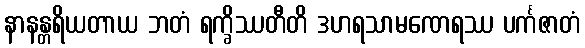
နာနန္တရိယတာယ ဘတံ ရက္ခိဿတီတိ ဒဟရသာမဏေရဿ ပင်္ကဇာတံ